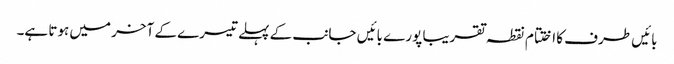
بائیں طرف کا اختتام نقطہ تقریبا پورے بائیں جانب کے پہلے تیسرے کے آخر میں ہوتا ہے۔